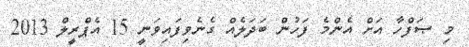
މި ޞަފްހާ އަށް އެންމެ ފަހުން ބަދަލެއް ގެނެވިފައިވަނީ 15 އެޕްރީލް 2013